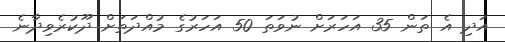
އަދި އެ ތަން 35 އަހަރަށް ނުވަތަ 50 އަހަރުގެ މުއްދަތަށް ދޫކުރެވިދާނެ